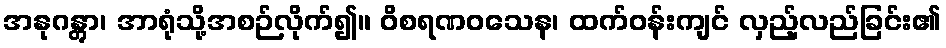
အနုဂန္တွာ၊ အာရုံသို့အစဉ်လိုက်၍။ ဝိစရဏဝသေန၊ ထက်ဝန်းကျင် လှည့်လည်ခြင်း၏